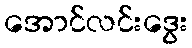
အောင်လင်းဒွေး